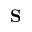
\mathbf S